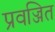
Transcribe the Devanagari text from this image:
प्रवज्जित